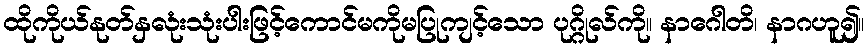
ထိုကိုယ်နုတ်နှလုံးသုံးပါးဖြင့်ကောင်မကိုမပြုကျင့်သော ပုဂ္ဂိုလ်ကို။ နာဂေါတိ၊ နာဂဟူ၍။